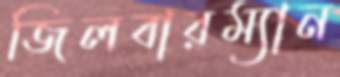
জিলবারম্যান